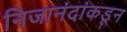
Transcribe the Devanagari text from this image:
निजानंदांकडून